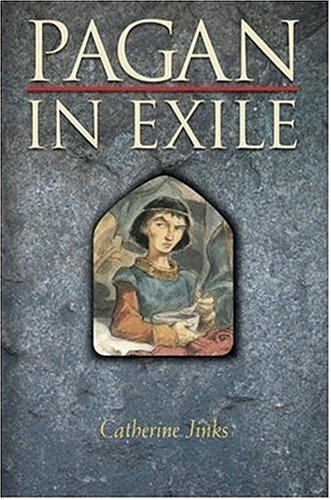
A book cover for Pagan in Exile: Book Two of the Pagan Chronicles (Pagan); Catherine Jinks; Teen & Young Adult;